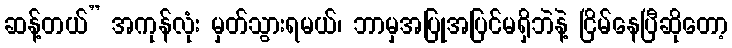
ဆန့်တယ်” အကုန်လုံး မှတ်သွားရမယ်၊ ဘာမှအပြုအပြင်မရှိဘဲနဲ့ ငြိမ်နေပြီဆိုတော့